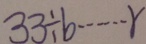
3 3 \div b \cdots r